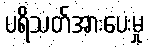
ပရိသတ်အားပေးမှု